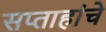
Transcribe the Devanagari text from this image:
सप्ताहांचे